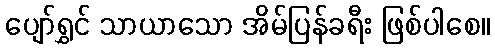
ပျော်ရွှင် သာယာသော အိမ်ပြန်ခရီး ဖြစ်ပါစေ။